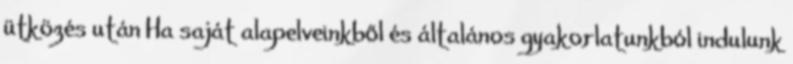
ütközés után Ha saját alapelveinkből és általános gyakorlatunkból indulunk